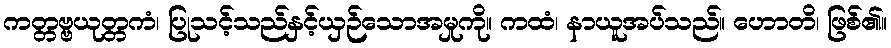
ကတ္တဗ္ဗယုတ္တကံ၊ ပြုသင့်သည်နှင့်ယှဉ်သောအမှုကို။ ကထံ၊ နာယူအပ်သည်။ ဟောတိ၊ ဖြစ်၏။